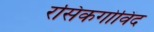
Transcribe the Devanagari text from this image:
रसिकगोविंद